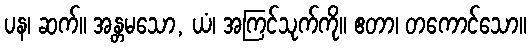
ပန၊ ဆက်။ အန္တမသော, ယံ၊ အကြင်သုက်ကို။ ဧတာ၊ တကောင်သော။